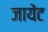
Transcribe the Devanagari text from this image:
जायेंट